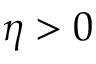
\eta > 0